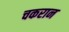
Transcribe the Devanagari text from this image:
चकरान